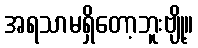
အရသာမရှိတော့ဘူးဗျို့။